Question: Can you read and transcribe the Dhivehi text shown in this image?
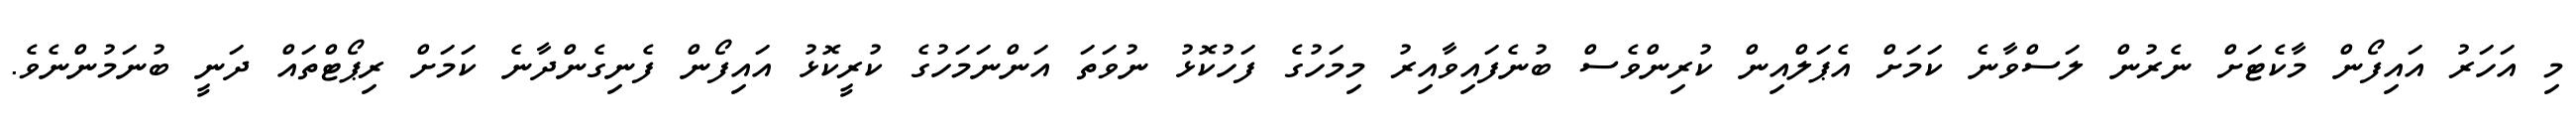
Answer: މި އަހަރު އައިފޯން މާކެޓަށް ނެރުން ލަސްވާނެ ކަމަށް އެޕަލްއިން ކުރިންވެސް ބުނެފައިވާއިރު މިމަހުގެ ފަހުކޮޅު ނުވަތަ އަންނަމަހުގެ ކުރީކޮޅު އައިފޯން ފެނިގެންދާނެ ކަމަށް ރިޕޯޓްތައް ދަނީ ބުނަމުންނެވެ.